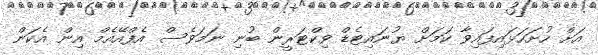
އަށް ހުށަހަޅައިފައިވާ ކަމަށް ޔުނައިޓެޑް ވިކްޓަރީން ބުނި ނަމަވެސް އެފްއޭއެމް އިން އެކަން